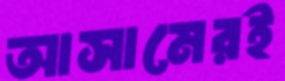
আসামেরই